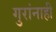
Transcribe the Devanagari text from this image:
गुरांनाही